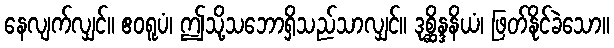
နေလျက်လျှင်။ ဧဝရူပံ၊ ဤသို့သဘောရှိသည်သာလျှင်။ ဒုစ္ဆိန္ဒနိယံ၊ ဖြတ်နိုင်ခဲသော။